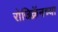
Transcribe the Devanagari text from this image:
रोजिक्रॅनच्या